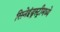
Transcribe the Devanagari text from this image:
सिनेइंड्रस्ट्रीमध्ये